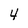
Character: 4